Plague in India, 1896, 1897 - Volume 2
Year: 1896
Disease focus: Plague
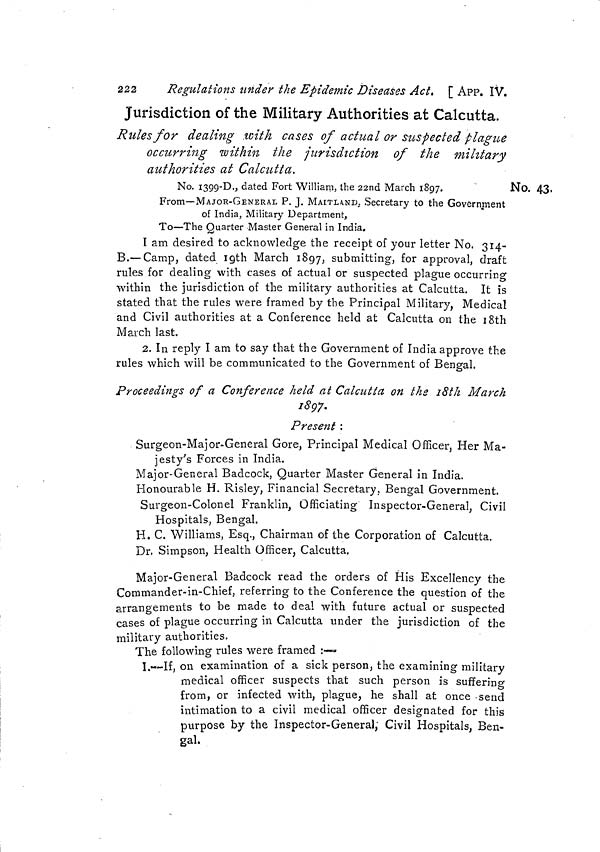
222
Regulations under the Epidemic Diseases Act. [ APP. IV.
Jurisdiction of the Military Authorities at Calcutta.
Rules for dealing with cases of actual or suspected plague
occurring within the jurisdiction of the military
authorities at Calcutta.
No. 43.
No. I399-D., dated Fort William, the 22nd March 1897.
From—MAJOR-GENERAL P. J. MAITIAND, Secretary to the Government
of India, Military Department,
To—The Quarter Master General in India.
I am desired to acknowledge the receipt of your letter No. 314-
B.— Camp, dated 19th March 1897, submitting, for approval, draft
rules for dealing with cases of actual or suspected plague occurring
within the jurisdiction of the military authorities at Calcutta. It is
stated that the rules were framed by the Principal Military, Medical
and Civil authorities at a Conference held at Calcutta on the 18th
March last.
2. In reply I am to say that the Government of India approve the
rules which will be communicated to the Government of Bengal.
Proceedings of a Conference held at Calcutta on the 18th March
1897.
Present :
Surgeon-Major-General Gore, Principal Medical Officer, Her Ma-
jesty's Forces in India.
Major-General Badcock, Quarter Master General in India.
Honourable H. Risley, Financial Secretary, Bengal Government.
Surgeon-Colonel Franklin, Officiating Inspector-General, Civil
Hospitals, Bengal.
H. C. Williams, Esq., Chairman of the Corporation of Calcutta.
Dr. Simpson, Health Officer, Calcutta.
Major-General Badcock read the orders of His Excellency the
Commander-in-Chief, referring to the Conference the question of the
arrangements to be made to deal with future actual or suspected
cases of plague occurring in Calcutta under the jurisdiction of the
military authorities.
The following rules were framed :—
I.--If, on examination of a sick person, the examining military
medical officer suspects that such person is suffering
from, or infected with, plague, he shall at once send
intimation to a civil medical officer designated for this
purpose by the Inspector-General; Civil Hospitals, Ben-
gal.